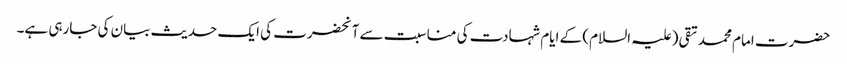
حضرت امام محمد تقی (علیہ السلام) کے ایام شہادت کی مناسبت سے آنحضرت کی ایک حدیث بیان کی جارہی ہے۔